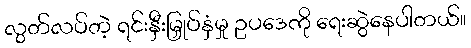
လွတ်လပ်တဲ့ ရင်းနှီးမြှုပ်နှံမှု ဥပဒေကို ရေးဆွဲနေပါတယ်။